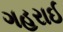
ગહરાઈ